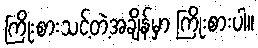
ကြိုးစားသင့်တဲ့အချိန်မှာ ကြိုးစားပါ။